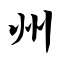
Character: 州